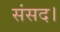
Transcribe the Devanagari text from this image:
संसद।